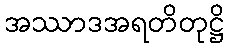
အဿာဒအရတိတုဋ္ဌိ